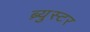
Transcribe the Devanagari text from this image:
ब्र्युस्टर